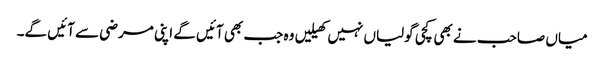
میاں صاحب نے بھی کچی گولیاں نہیں کھیلیں وہ جب بھی آئیں گے اپنی مرضی سے آئیں گے۔